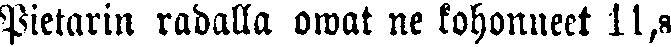
Pietarin radalla owat ne kohonneet 11,8